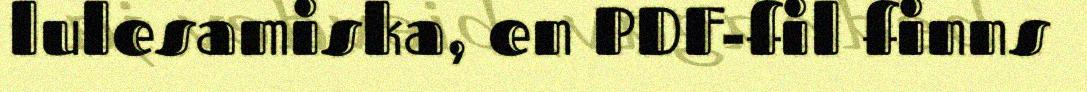
lulesamiska, en PDF-fil finns